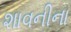
શાવનીના